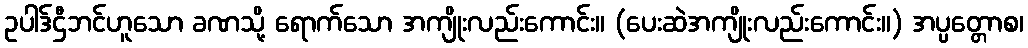
ဥပါဒ်ဌီဘင်ဟူသော ခဏသို့ ရောက်သော အကျိုးလည်းကောင်း။ (ပေးဆဲအကျိုးလည်းကောင်း။) အပ္ပတ္တောစ၊